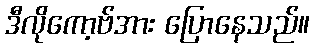
ဒီလိုကော့ဗ်အား ပြောနေသည်။